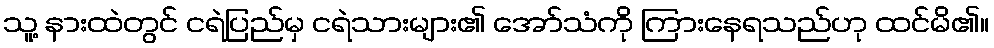
သူ့ နားထဲတွင် ငရဲပြည်မှ ငရဲသားများ၏ အော်သံကို ကြားနေရသည်ဟု ထင်မိ၏။